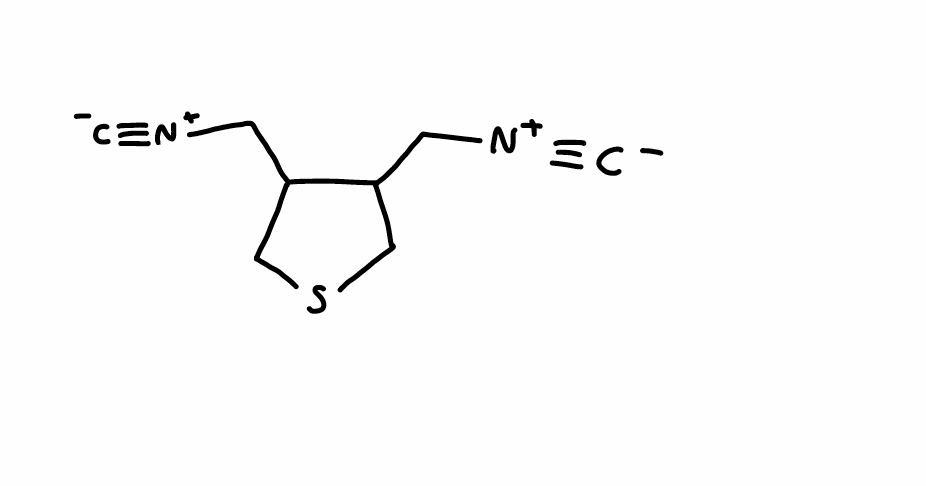
Simplified molecular-input line-entry system (SMILES) notation of the given molecule:
[C-]#[N+]CC1CSCC1C[N+]#[C-]